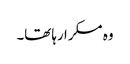
وہ مسکرا رہا تھا۔